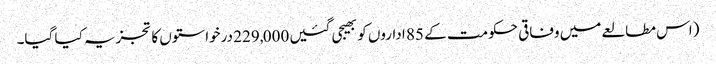
(اس مطالعے میں وفاقی حکومت کے 85 اداروں کو بھیجی گئیں 229,000 درخواستوں کا تجزیہ کیا گیا۔